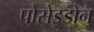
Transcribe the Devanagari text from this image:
पोसेइडोन